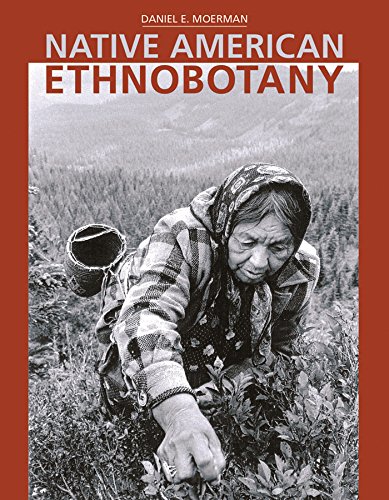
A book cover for Native American Ethnobotany; Daniel E. Moerman; Science & Math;